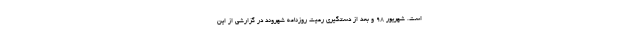
است. شهریور ۹۸ و بعد از دستگیری رعیت روزنامه شهروند در گزارشی از این